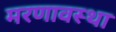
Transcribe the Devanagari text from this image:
मरणावस्था